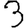
Digit: 3